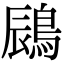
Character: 𪁧